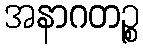
အနာဂတဉ္စ